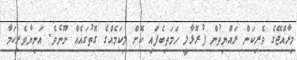
މިރާއްޖޭގެ ވެރިކަން ރައްޔިތުން ފުރޮޅާލީ ހަމަތިބެފައި ކޮށް ލިކަމެއްގެ ގޮތުގައެއް ނޫނެވެ. އަނިޔާވެރިކަމާ